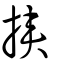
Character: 挾